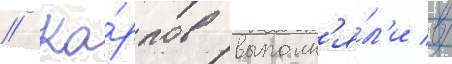
// Ка́рпов выполн'я́л'и в